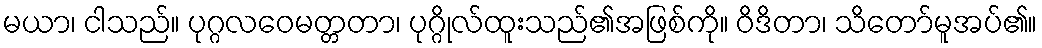
မယာ၊ ငါသည်။ ပုဂ္ဂလဝေမတ္တတာ၊ ပုဂ္ဂိုလ်ထူးသည်၏အဖြစ်ကို။ ဝိဒိတာ၊ သိတော်မူအပ်၏။